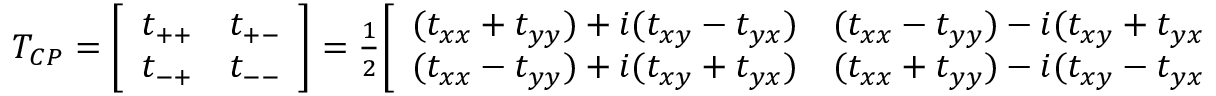
\begin{array} { r } { T _ { C P } = \left[ \begin{array} { c c } { t _ { + + } } & { t _ { + - } } \\ { t _ { - + } } & { t _ { -- } } \end{array} \right] = \frac { 1 } { 2 } \! \left[ \begin{array} { c c } { ( t _ { x x } + t _ { y y } ) + i ( t _ { x y } - t _ { y x } ) } & { ( t _ { x x } - t _ { y y } ) - i ( t _ { x y } + t _ { y x } ) } \\ { ( t _ { x x } - t _ { y y } ) + i ( t _ { x y } + t _ { y x } ) } & { ( t _ { x x } + t _ { y y } ) - i ( t _ { x y } - t _ { y x } ) } \end{array} \right] . } \end{array}